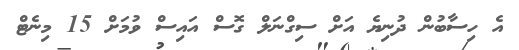
އެ ހިސާބުން ދުނިޔެ އަށް ސިގްނަލް ގޮސް އައިސް ވުމަށް 15 މިނެޓް